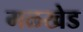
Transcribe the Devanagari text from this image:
मळखेड